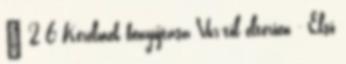
§ 2 6 Kérelmek benyújtása Vhr-től eltérően - Első